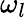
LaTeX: \omega_{l}